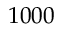
1 0 0 0